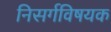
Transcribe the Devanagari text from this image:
निसर्गविषयक